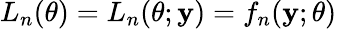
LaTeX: L_{n}(\theta)=L_{n}(\theta;\mathbf{y})=f_{n}(\mathbf{y};\theta)